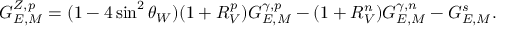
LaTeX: G _ { E , M } ^ { Z , p } = ( 1 - 4 \sin ^ { 2 } \theta _ { W } ) ( 1 + R _ { V } ^ { p } ) G _ { E , M } ^ { \gamma , p } - ( 1 + R _ { V } ^ { n } ) G _ { E , M } ^ { \gamma , n } - G _ { E , M } ^ { s } .